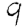
Digit: 9